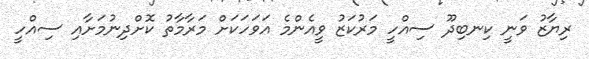
ރިޔާޒު ވަނީ ކިނބިދޫ ސިއްހީ މަރުކަޒު ވީއެންމެ އަވަހަކަށް މަރާމާތު ކޮށްދިނުމަށާއި ސިއްހީ